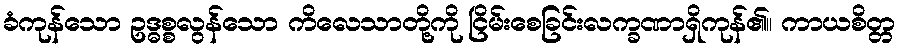
ခံကုန်သော ဥဒ္ဓစ္စလွန်သော ကိလေသာတို့ကို ငြိမ်းစေခြင်းလက္ခဏာရှိကုန်၏။ ကာယစိတ္တ